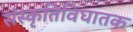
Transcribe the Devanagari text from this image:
संस्कृतिविघातक